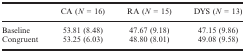
<table><thead><tr><td>[EMPTY_CELL]</td><td><b>CA (<i>N</i> = 16)</b></td><td><b>RA (<i>N</i> = 15)</b></td><td><b>DYS (<i>N</i> = 13)</b></td></tr></thead><tbody><tr><td>Baseline</td><td>53.81 (8.48)</td><td>47.67 (9.18)</td><td>47.15 (9.86)</td></tr><tr><td>Congruent</td><td>53.25 (6.03)</td><td>48.80 (8.01)</td><td>49.08 (9.58)</td></tr></tbody></table>